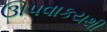
ઊપવાકયથી